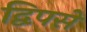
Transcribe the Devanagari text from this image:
द्विपसे